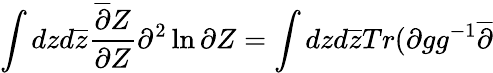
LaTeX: \int dzd\overline{{{z}}}\frac{\overline{{{\partial}}}Z}{\partial Z}\partial^{2}\ln\partial Z=\int dzd\overline{{{z}}}Tr(\partial gg^{-1}\overline{{{\partial}}}